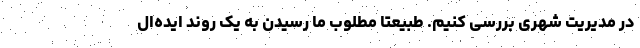
در مدیریت شهری بررسی کنیم. طبیعتا مطلوب ما رسیدن به یک روند ایده‌ال